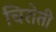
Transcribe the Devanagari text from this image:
चिरोती